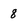
Character: 8